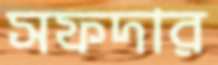
সফদার